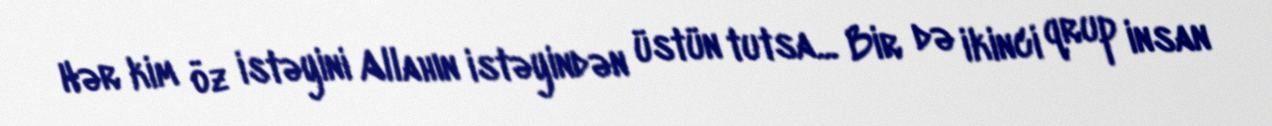
Hər kim öz istəyini Allahın istəyindən üstün tutsa... Bir də ikinci qrup insan